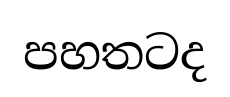
පහතටද